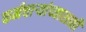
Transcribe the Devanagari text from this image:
कर्मचार्‍यांच्यासाठी